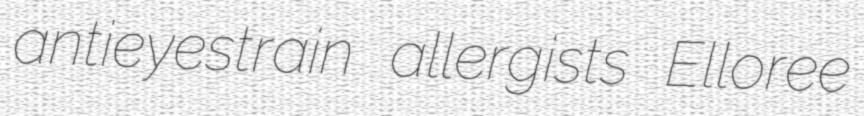
antieyestrain allergists Elloree